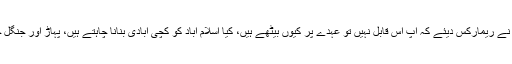
جسٹس گلزار احمد نے ریمارکس دیئے کہ آپ اس قابل نہیں تو عہدے پر کیوں بیٹھے ہیں، کیا اسلام آباد کو کچی آبادی بنانا چاہتے ہیں، پہاڑ اور جنگل ختم کر دیئے گئے۔